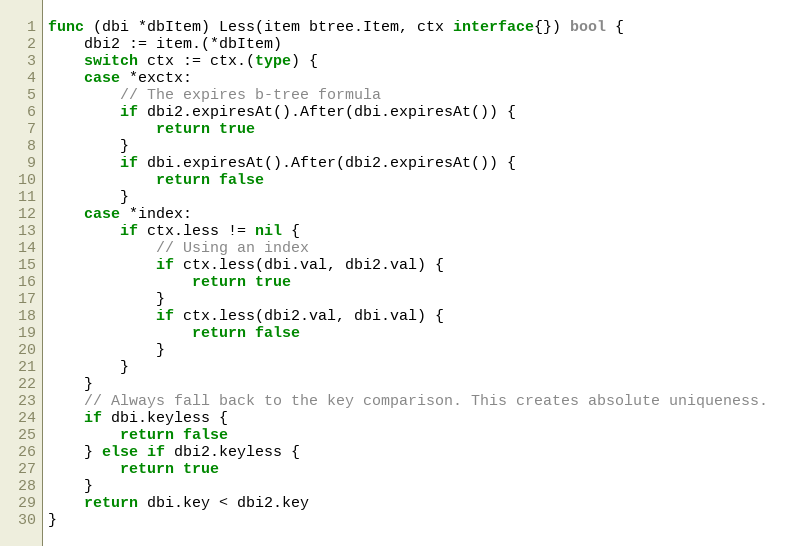
Language: Go
func (dbi *dbItem) Less(item btree.Item, ctx interface{}) bool {
	dbi2 := item.(*dbItem)
	switch ctx := ctx.(type) {
	case *exctx:
		// The expires b-tree formula
		if dbi2.expiresAt().After(dbi.expiresAt()) {
			return true
		}
		if dbi.expiresAt().After(dbi2.expiresAt()) {
			return false
		}
	case *index:
		if ctx.less != nil {
			// Using an index
			if ctx.less(dbi.val, dbi2.val) {
				return true
			}
			if ctx.less(dbi2.val, dbi.val) {
				return false
			}
		}
	}
	// Always fall back to the key comparison. This creates absolute uniqueness.
	if dbi.keyless {
		return false
	} else if dbi2.keyless {
		return true
	}
	return dbi.key < dbi2.key
}